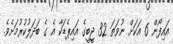
އައިފޯން 6 އަކަށް ނުވަތަ 32 ޖީބީގެ އައިޕެޑަކާ އެ ގެ ބަދަލުކުރުމަށެވެ.